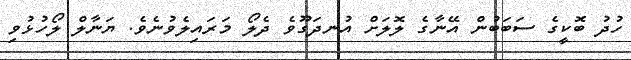
ހުދު ބޮކީގެ ސަބަބުން އޭނާގެ ލޮލަށް އުނދަގޫވެ ދެލޯ މަރައިލެވުނެވެ. ޔަނާލް ލޯހުޅުވި